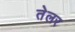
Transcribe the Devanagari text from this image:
तेलर